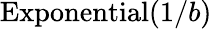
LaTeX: {\textrm{Exponential}}(1/b)